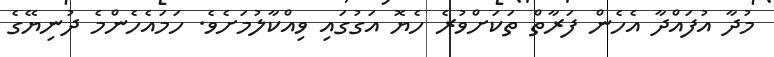
މުދާ އުފައްދާ އެހެން ފަރާތް ތަކަށްވުރެ ހެޔޮ އަގުގައި ވިއްކާލުމަށެވެ. ހަމައެހެންމެ ދުނިޔޭގެ